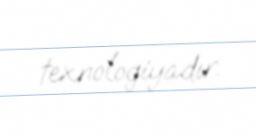
texnologiyadır.